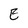
Character: E